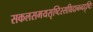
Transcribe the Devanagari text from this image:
सकलसमयसृष्टिस्सच्चिदानन्ददृष्टिः